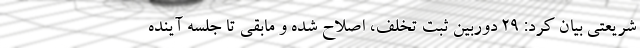
شریعتی بیان کرد: ۲۹ دوربین ثبت تخلف، اصلاح شده و مابقی تا جلسه آینده